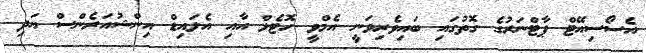
އެސޯސިއޭޓް ޕާޓްނަރުގެ ގޮތުގައި ބައިވެރިވަނީ އެމްވީ ހޮޓެލް އާއި އެލައިޑް އިންޝުއަރެންސް އަދި